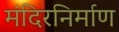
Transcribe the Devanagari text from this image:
मंदिरनिर्माण